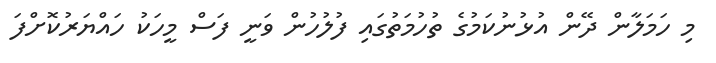
މި ހަމަލާން ދޭން އުޅުނުކަމުގެ ތުހުމަތުގައި ފުލުުހުން ވަނީ ފަސް މީހަކު ހައްޔަރުކޮށްފަ